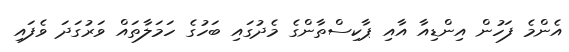
އެންމެ ފަހުން އިންޑިއާ އާއި ޕާކިސްތާންގެ މެދުގައި ބަހުގެ ހަމަލާތައް ވަރުގަދަ ވެފައި